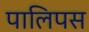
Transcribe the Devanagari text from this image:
पालिपस